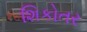
શિકોતર